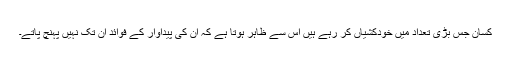
کسان جس بڑی تعداد میں خودکشیاں کر رہے ہیں اس سے ظاہر ہوتا ہے کہ ان کی پیداوار کے فوائد ان تک نہیں پہنچ پاتے۔